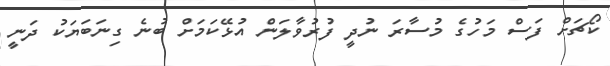
ކޯޗަށް ފަސް މަހުގެ މުސާރަ ނުދީ ފުރުވާލަން އުޅޭކަމަށް ބުނެ ގިނަބަޔަކު ދަނީ